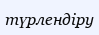
түрлендіру